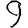
Digit: 9